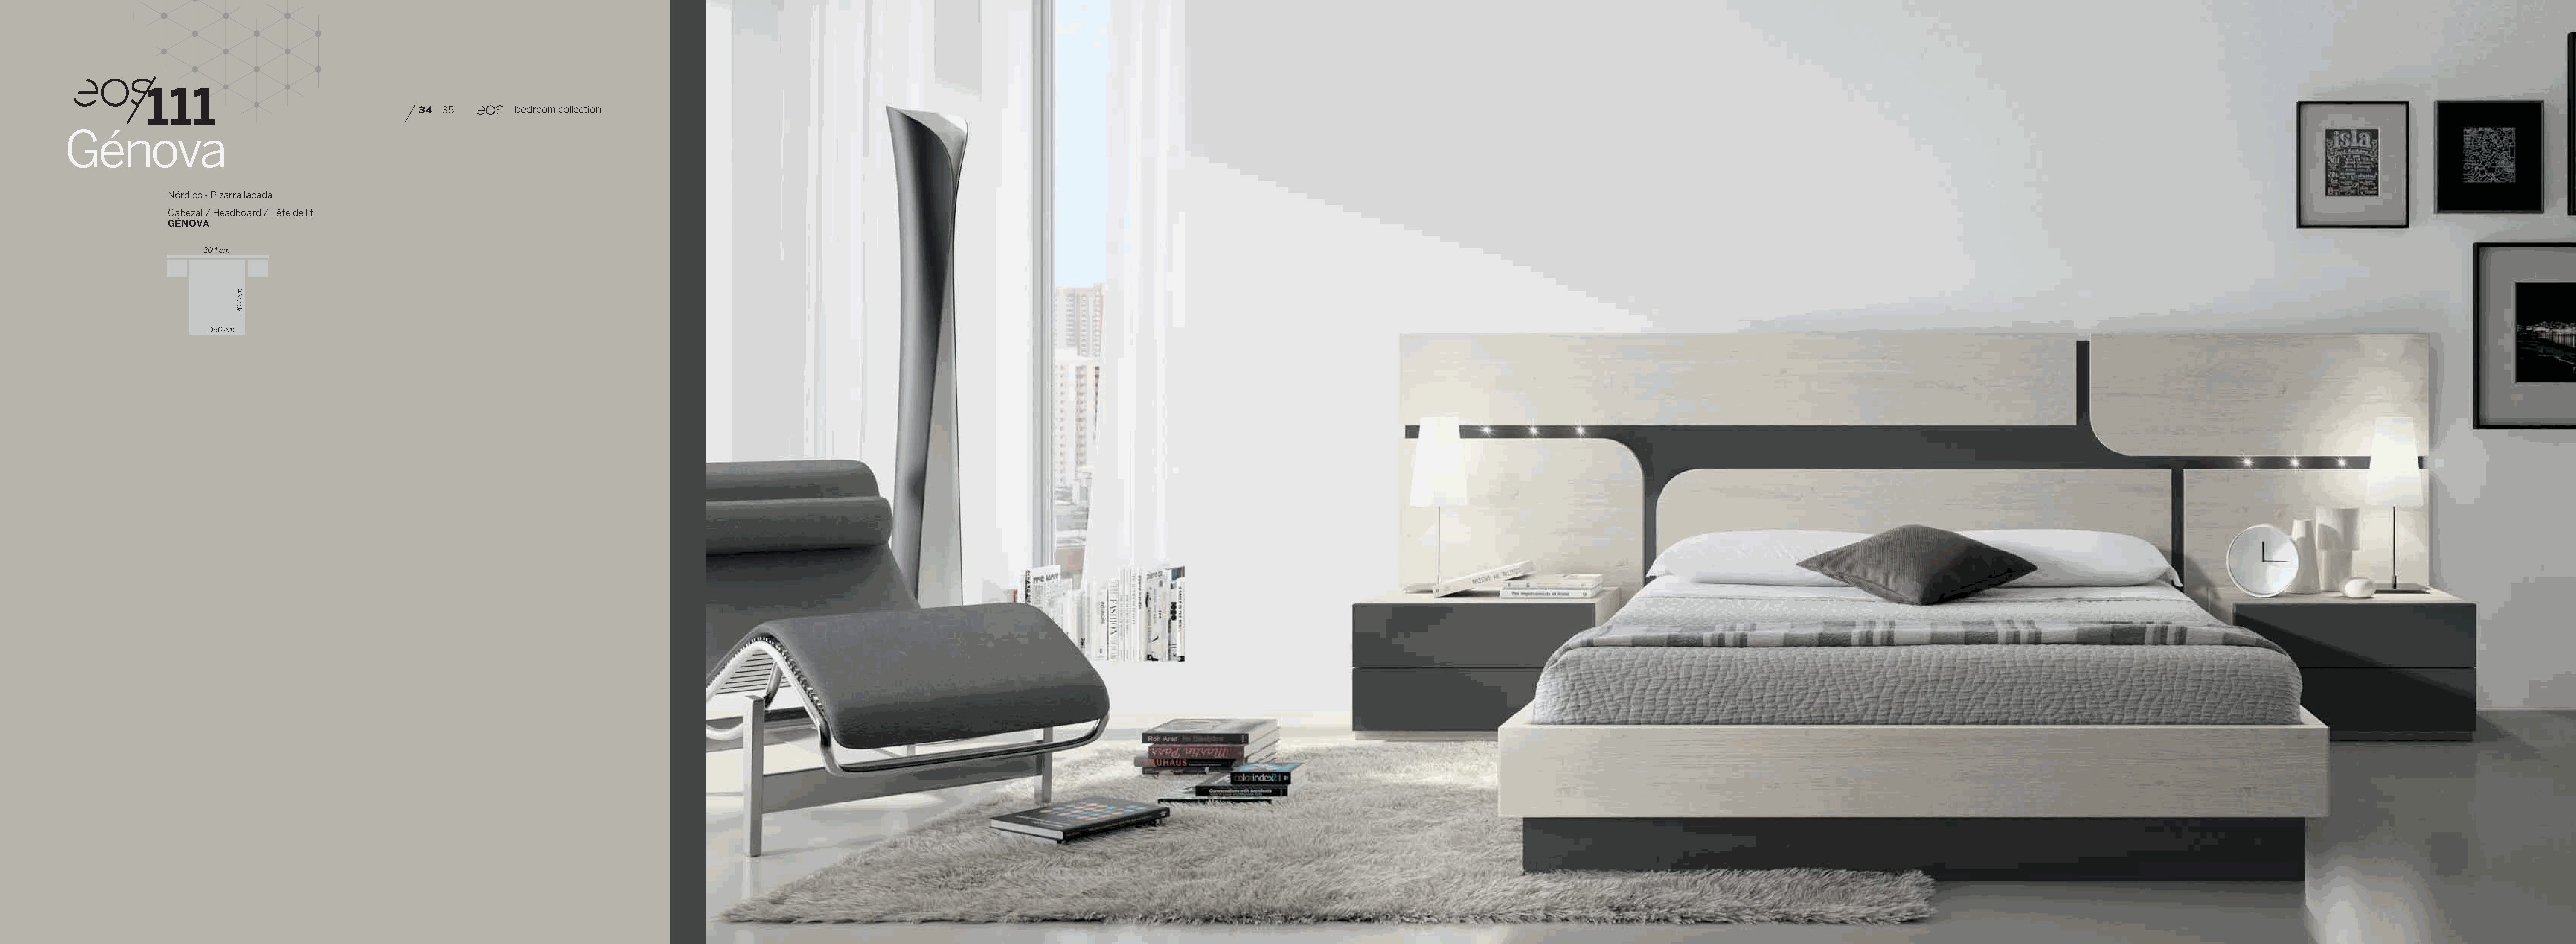
111
 34 35       bedroom collection                                                                                                                                                                                                                     bedroom collection 34 35
 Génova
 Nórdico - Pizarra lacada
 Cabezal / Headboard / Tête de lit
 GÉNOVA
 304 cm
 160 cm
 mc
 702